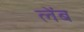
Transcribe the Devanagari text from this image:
लेंब